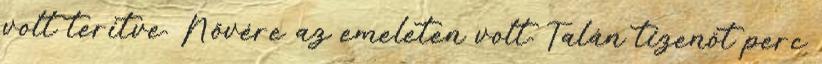
volt terítve. Nővére az emeleten volt. Talán tizenöt perc